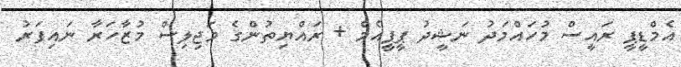
އެމްޑީޕީ ރައީސް މުހައްމަދު ނަޝީދު ޕީޕީއެމް + ރައްޔިތުންގެ މަޖިލިސް މުޒާހަރާ ނައިފަރު